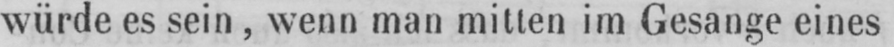
würde es sein, wenn man mitten im Gesänge eines